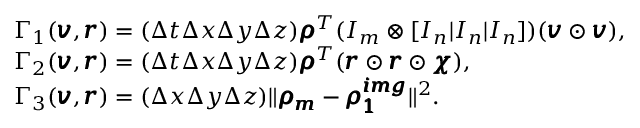
\begin{array} { r l } & { \Gamma _ { 1 } ( \pmb { v } , \pmb { r } ) = ( \Delta t \Delta x \Delta y \Delta z ) \pmb { \rho } ^ { T } ( I _ { m } \otimes [ I _ { n } | I _ { n } | I _ { n } ] ) ( \pmb { v } \odot \pmb { v } ) , } \\ & { \Gamma _ { 2 } ( \pmb { v } , \pmb { r } ) = ( \Delta t \Delta x \Delta y \Delta z ) \pmb { \rho } ^ { T } ( \pmb { r } \odot \pmb { r } \odot \pmb { \chi } ) , } \\ & { \Gamma _ { 3 } ( \pmb { v } , \pmb { r } ) = ( \Delta x \Delta y \Delta z ) \| \pmb { \rho _ { m } } - \pmb { \rho _ { 1 } ^ { i m g } } \| ^ { 2 } . } \end{array}